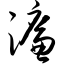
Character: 濂